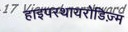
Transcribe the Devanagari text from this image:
हाइपरथायरोडिज़्म